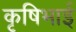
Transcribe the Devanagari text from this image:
कृषिभाई